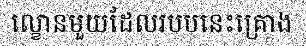
ល្ខោនមួយដែលរបបនេះគ្រោង